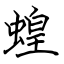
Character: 蝗